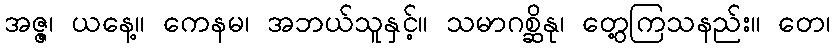
အဇ္ဇ၊ ယနေ့။ ကေနမ၊ အဘယ်သူနှင့်။ သမာဂစ္ဆိနု၊ တွေ့ကြသနည်း။ တေ၊